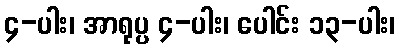
၄-ပါး၊ အာရုပ္ပ ၄-ပါး၊ ပေါင်း ၁၃-ပါး၊